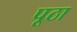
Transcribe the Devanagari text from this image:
पूठा